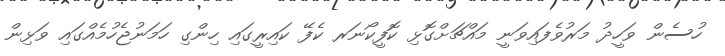
ހުސެން ވަހީދު މަރުވެފައިވަނީ މައްޗަށްގޮޅި ކޮފީކޯނަރ ކެފޭ ކައިރީގައި ހިންގި ހަމަނުޖެހުމެއްގައި ވަޅިން